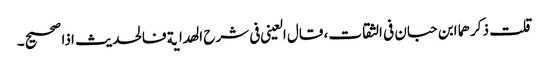
قلت ذکرھما ابن حبان فی الثقات، قال العینی فی شرح الھدایة فالحدیث اذا صحیح۔